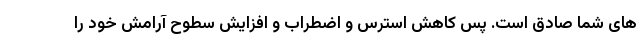
های شما صادق است. پس کاهش استرس و اضطراب و افزایش سطوح آرامش خود را